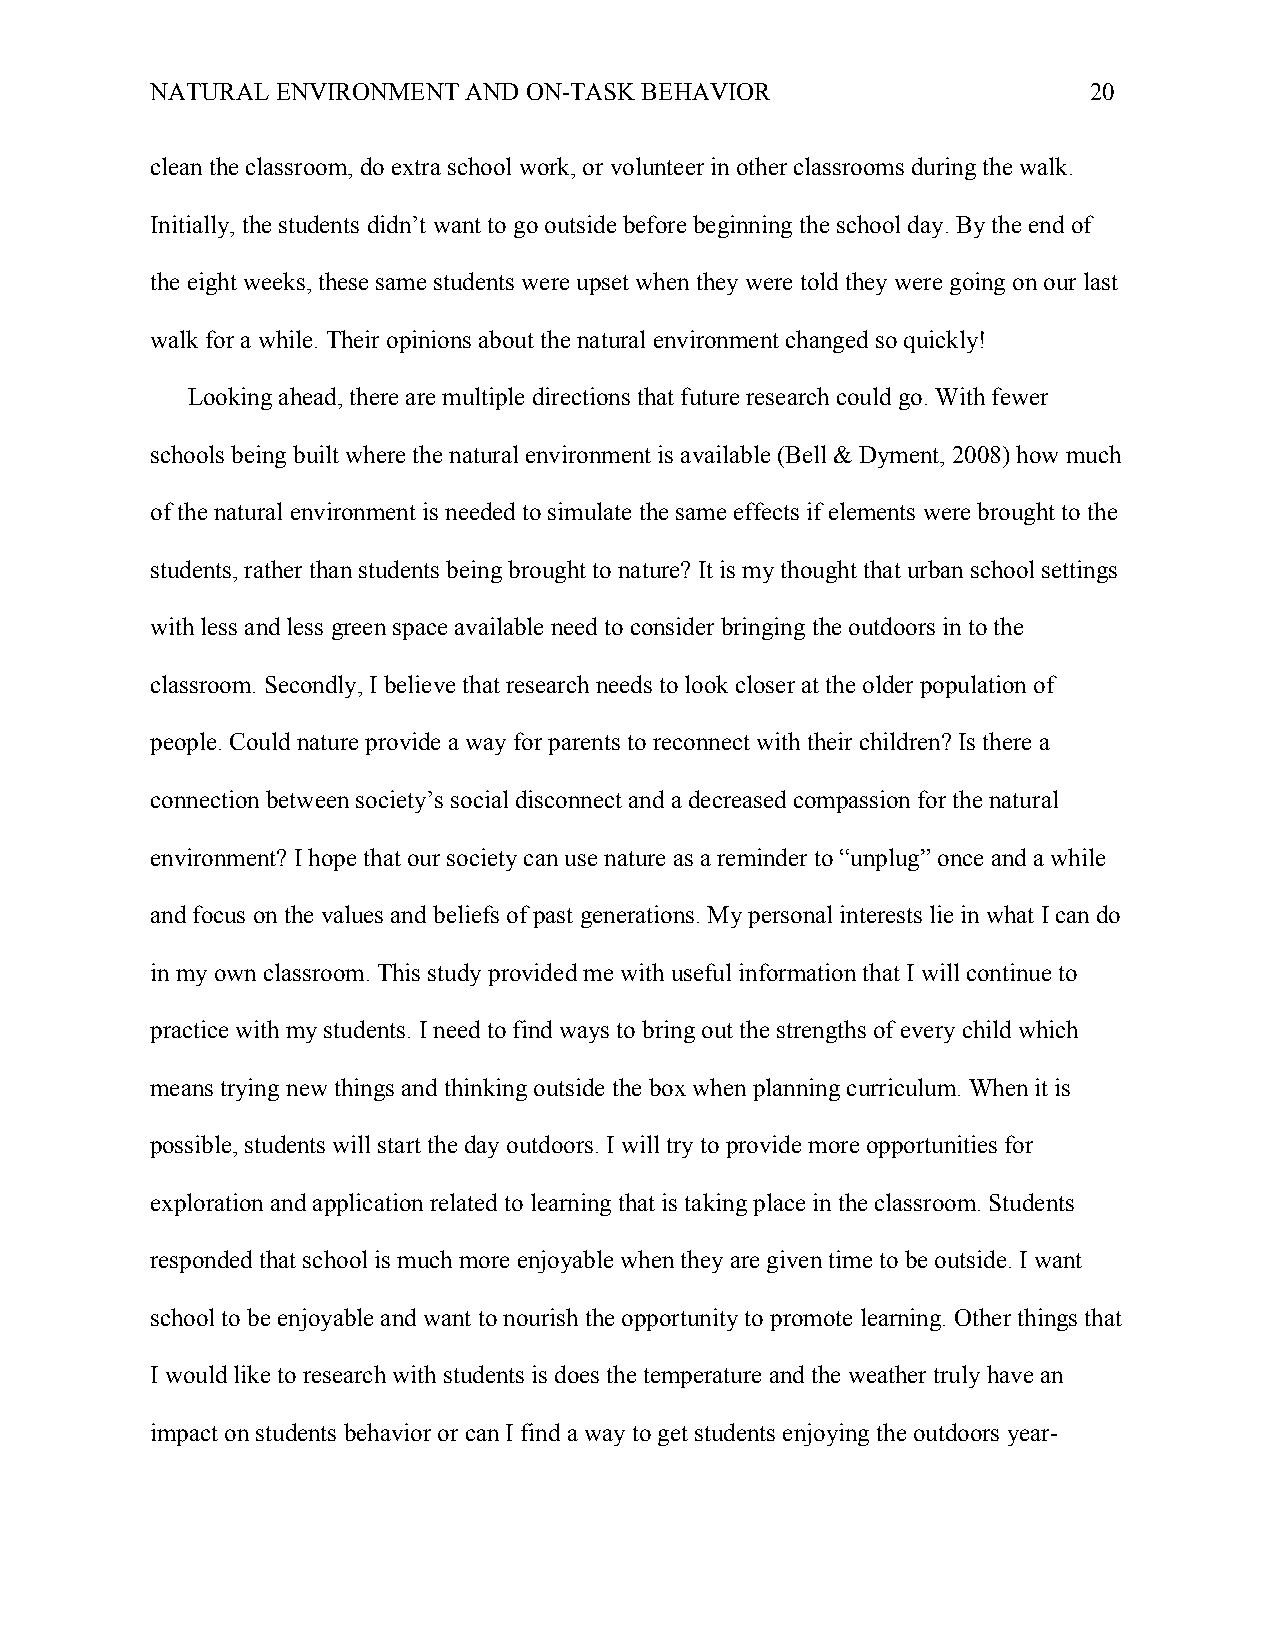
NATURAL ENVIRONMENT  AND ON-TASK BEHAVIOR                     20
 clean the classroom, do extra school work, or volunteer in other classrooms during the walk.
 Initially, the students didn’t want to go outside before beginning the school day. By the end of
 the eight weeks, these same students were upset when they were told they were going on our last
 walk for a while. Their opinions about the natural environment changed so quickly!
 Looking ahead, there are multiple directions that future research could go. With fewer
 schools being built where the natural environment is available (Bell & Dyment, 2008) how much
 of the natural environment is needed to simulate the same effects if elements were brought to the
 students, rather than students being brought to nature? It is my thought that urban school settings
 with less and less green space available need to consider bringing the outdoors in to the
 classroom. Secondly, I believe that research needs to look closer at the older population of
 people. Could nature provide a way for parents to reconnect with their children? Is there a
 connection between society’s social disconnect and a decreased compassion for the natural
 environment? I hope that our society can use nature as a reminder to “unplug” once and a while
 and focus on the values and beliefs of past generations. My personal interests lie in what I can do
 in my own classroom. This study provided me with useful information that I will continue to
 practice with my students. I need to find ways to bring out the strengths of every child which
 means trying new things and thinking outside the box when planning curriculum. When it is
 possible, students will start the day outdoors. I will try to provide more opportunities for
 exploration and application related to learning that is taking place in the classroom. Students
 responded that school is much more enjoyable when they are given time to be outside. I want
 school to be enjoyable and want to nourish the opportunity to promote learning. Other things that
 I would like to research with students is does the temperature and the weather truly have an
 impact on students behavior or can I find a way to get students enjoying the outdoors year-